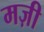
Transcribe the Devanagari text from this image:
मज़ी